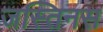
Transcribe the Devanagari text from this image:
जस्तिनस